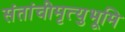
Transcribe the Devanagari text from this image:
संतांचीमृत्युभूमि